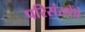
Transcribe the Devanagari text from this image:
परिसंस्थेंचे